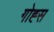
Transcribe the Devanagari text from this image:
गोह्स